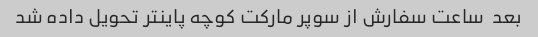
بعد  ساعت سفارش از سوپر مارکت کوچه پاینتر تحویل داده شد